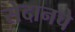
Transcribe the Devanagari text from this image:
सेदानचे